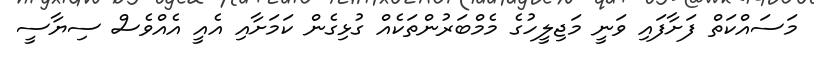
މަސައްކަތް ފަށާފައި ވަނީ މަޖިލީހުގެ މެމްބަރުންތަކެއް ގުޅިގެން ކަމަށާއި އެއީ އެއްވެސް ސިޔާސީ